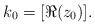
\begin{align*}k_0 = [\Re(z_0)].\end{align*}